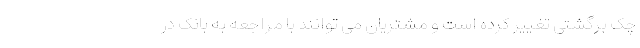
چک برگشتی تغییر کرده است و مشتریان می توانند با مراجعه به بانک در